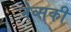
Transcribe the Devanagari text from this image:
नेव्सकी